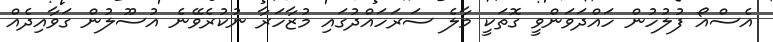
އެސްއޯ ފުލުހުން ހައްދަވަންވީ ގޮތަކީ މާލެ ސަރަހައްދުގައި މުޒާހަރާ ނުކުރެވޭނެ އުސޫލުން ގަވާއިދެއް